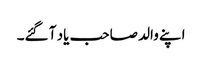
اپنے والد صاحب یاد آ گئے۔